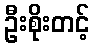
ဦးစိုးတင့်